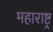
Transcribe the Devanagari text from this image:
महाराष्ट्र